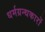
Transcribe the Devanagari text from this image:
धर्मग्रन्थकारों